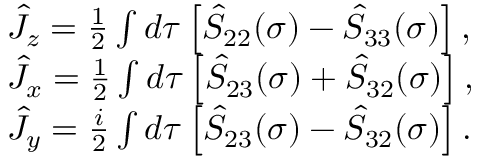
\begin{array} { r l } & { \hat { J } _ { z } = \frac { 1 } { 2 } \int d \tau \left[ \hat { S } _ { 2 2 } ( \sigma ) - \hat { S } _ { 3 3 } ( \sigma ) \right] , } \\ & { \hat { J } _ { x } = \frac { 1 } { 2 } \int d \tau \left[ \hat { S } _ { 2 3 } ( \sigma ) + \hat { S } _ { 3 2 } ( \sigma ) \right] , } \\ & { \hat { J } _ { y } = \frac { i } { 2 } \int d \tau \left[ \hat { S } _ { 2 3 } ( \sigma ) - \hat { S } _ { 3 2 } ( \sigma ) \right] . } \end{array}